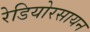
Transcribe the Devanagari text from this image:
रेडियोरसायन